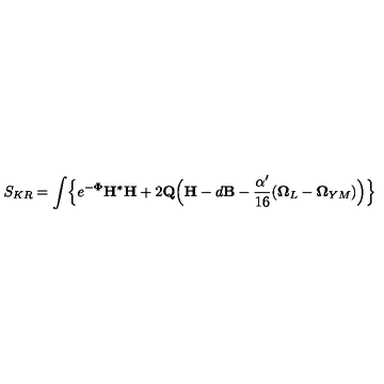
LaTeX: S _ { K R } = \int \Bigl \{ e ^ { - { \bf \Phi } } { \bf H } { ^ { * } { \bf H } } + 2 { \bf Q } \Bigl ( { \bf H } - d { \bf B } - \frac { \alpha ^ { \prime } } { 1 6 } ( { \bf \Omega } _ { L } - { \bf \Omega } _ { Y M } ) \Bigr ) \Bigr \}